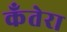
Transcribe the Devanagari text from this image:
कँतेरा